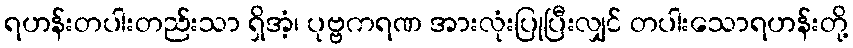
ရဟန်းတပါးတည်းသာ ရှိအံ့၊ ပုဗ္ဗကရဏ အားလုံးပြုပြီးလျှင် တပါးသောရဟန်းတို့